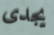
يجدى